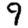
Digit: 9